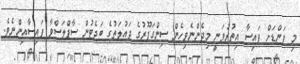
މި ފަންޑަށް ފައިސާ އިތުރުވަނީ މިދެންނެވިހެން ސިންގަޕޫރުގެ ދައުލަތުގެ ބަޖެޓުން ސާޕްލަސްވާ ފައިސާއިންނެވެ.